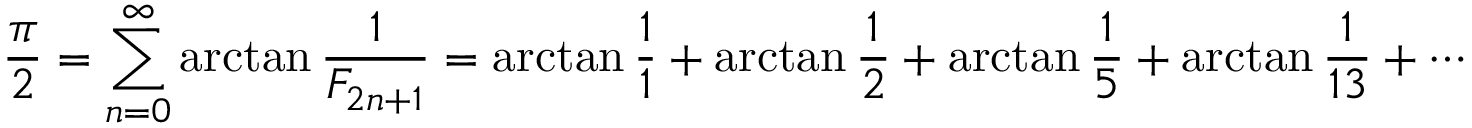
{ \frac { \pi } { 2 } } = \sum _ { n = 0 } ^ { \infty } \arctan { \frac { 1 } { F _ { 2 n + 1 } } } = \arctan { \frac { 1 } { 1 } } + \arctan { \frac { 1 } { 2 } } + \arctan { \frac { 1 } { 5 } } + \arctan { \frac { 1 } { 1 3 } } + \cdots